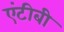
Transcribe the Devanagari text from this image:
एंटीबी